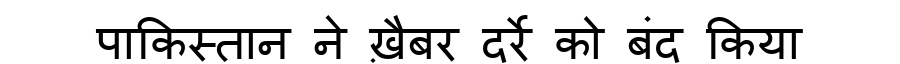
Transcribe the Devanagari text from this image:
पाकिस्तान ने ख़ैबर दर्रे को बंद किया